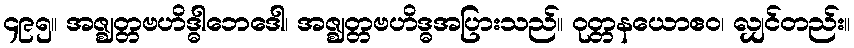
၄၉၅။ အဇ္ဈတ္တဗဟိဒ္ဓါဘေဒေါ၊ အဇ္ဈတ္တဗဟိဒ္ဓအပြားသည်။ ဝုတ္တနယောဧဝ၊ လျှင်တည်း။